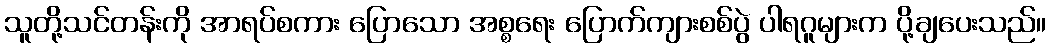
သူတို့သင်တန်းကို အာရပ်စကား ပြောသော အစ္စရေး ပြောက်ကျားစစ်ပွဲ ပါရဂူများက ပို့ချပေးသည်။